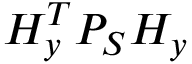
H _ { y } ^ { T } P _ { S } H _ { y }